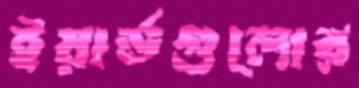
ইয়ার্ডগুলোর